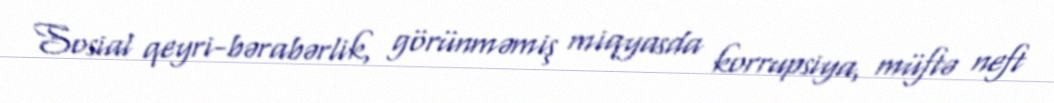
Sosial qeyri-bərabərlik, görünməmiş miqyasda korrupsiya, müftə neft